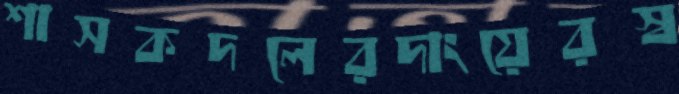
শাসকদলেরদাংয়েরস্ব